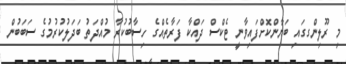
މި ރޫލިންގގައި ބަޔާންކޮށްފައިވާނީ ޓެކްސް ދައްކާ ފަރާތެއްގެ ހިސާބުކުރާ މުއްދަތު ބަދަލުކުރުމުގެ ސަބަބުން